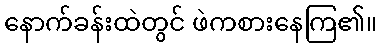
နောက်ခန်းထဲတွင် ဖဲကစားနေကြ၏။